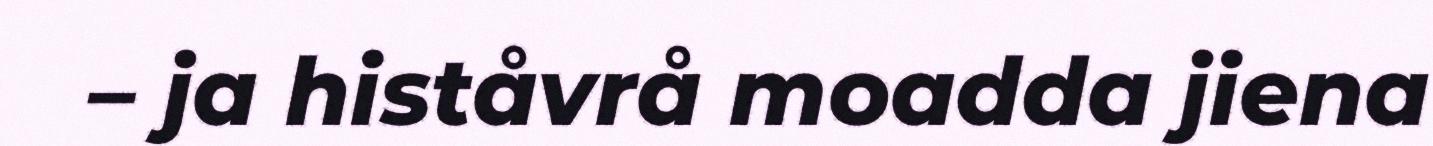
– ja histåvrå moadda jiena